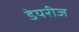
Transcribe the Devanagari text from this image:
डेयरीज